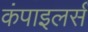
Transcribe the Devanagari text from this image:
कंपाइलर्स